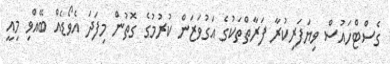
ގެސްޓްހައުސް ވިޔަފަރިކުރާ ފަރާތްތަކުގެ އަގުވަޒަން ކުރުމުގެ ގޮތުން މިފަދަ އެވޯޑެއް ބޭއްވި މިއީ